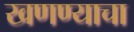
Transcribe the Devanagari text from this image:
खणण्याचा